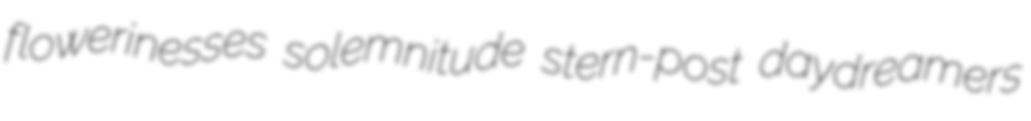
flowerinesses solemnitude stern-post daydreamers